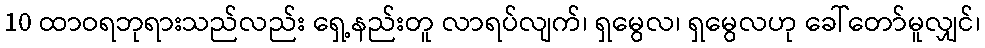
10 ထာဝရဘုရားသည်လည်း ရှေ့နည်းတူ လာရပ်လျက်၊ ရှမွေလ၊ ရှမွေလဟု ခေါ်တော်မူလျှင်၊